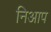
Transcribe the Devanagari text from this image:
निआप